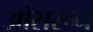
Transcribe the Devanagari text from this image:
ओसरून